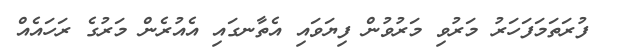
ފުރަތަމަފަހަރު މަރުވި މަރުވުން ފިޔަވައި އެތާނގައި އެއުރެން މަރުގެ ރަހައެއް